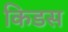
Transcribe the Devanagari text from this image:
किडस